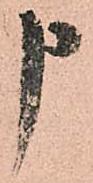
申